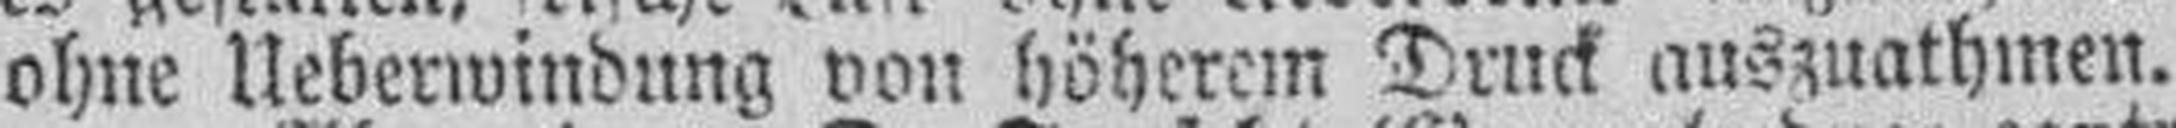
ohne Ueberwindung von höherem Druck auszuathmen.